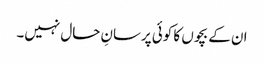
ان کے بچوں کا کوئی پرسانِ حال نہیں۔